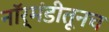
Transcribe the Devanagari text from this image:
नॉर्मंडीतूनच